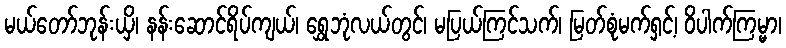
မယ်တော်ဘုန်းယှိ၊ နန်းဆောင်ရိပ်ကျယ်၊ ရွှေဘုံလယ်တွင်၊ မပြယ်ကြင်သက်၊ မြတ်စုံမက်ရှင့်၊ ဝိပါက်ကြမ္မာ၊